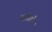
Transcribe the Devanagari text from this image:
गांगडोे